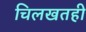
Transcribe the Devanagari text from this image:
चिलखतही